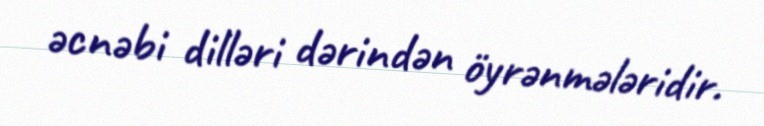
əcnəbi dilləri dərindən öyrənmələridir.